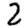
Digit: 2